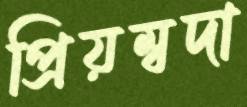
প্রিয়ম্বদা